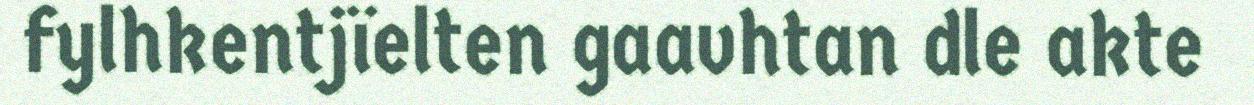
fylhkentjïelten gaavhtan dle akte